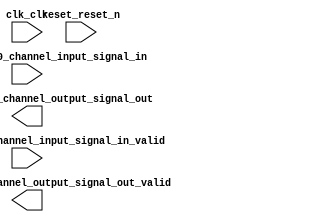

module channel (
	clk_clk,
	reset_reset_n,
	channel_module_0_channel_input_signal_in,
	channel_module_0_channel_input_signal_in_valid,
	channel_module_0_channel_output_signal_out,
	channel_module_0_channel_output_signal_out_valid);	

	input		clk_clk;
	input		reset_reset_n;
	input	[7:0]	channel_module_0_channel_input_signal_in;
	input		channel_module_0_channel_input_signal_in_valid;
	output	[7:0]	channel_module_0_channel_output_signal_out;
	output		channel_module_0_channel_output_signal_out_valid;
endmodule